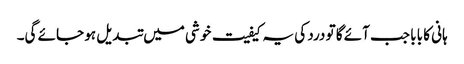
ہانی کا بابا جب آئے گا تو درد کی یہ کیفیت خوشی میں تبدیل ہو جائے گی۔